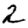
Digit: 2